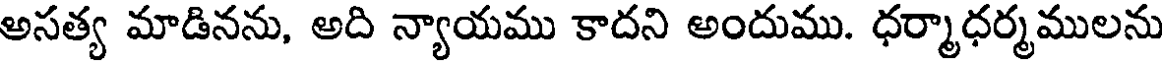
అసత్య మాడినను, అది న్యాయము కాదని అందుము. ధర్మాధర్మములను